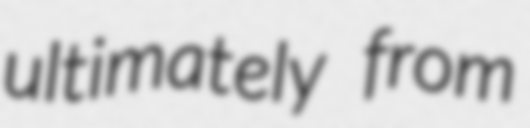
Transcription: ultimately from